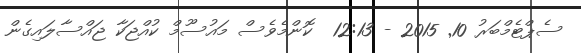
ސެޕްޓެމްބަރު 10